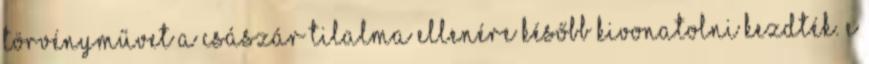
törvényművet a császár tilalma ellenére később kivonatolni kezdték. E